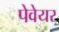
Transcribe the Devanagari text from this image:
पेवेयर